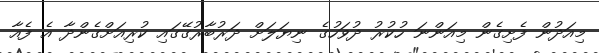
މިއަދުން ފެށިގެން މިއަންނަ ހުކުރު ދުވަހުގެ ނިޔަލަށް ދަރުބާރުގޭގައި ކުރިއަށްގެންދާ އެ ފެއާ